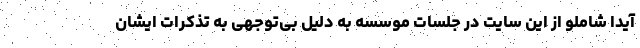
آیدا شاملو از این سایت در جلسات موسسه به دلیل بی‌توجهی به تذکرات ایشان